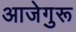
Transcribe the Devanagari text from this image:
आजेगुरू